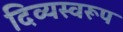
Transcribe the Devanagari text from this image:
दिव्यस्वरूप